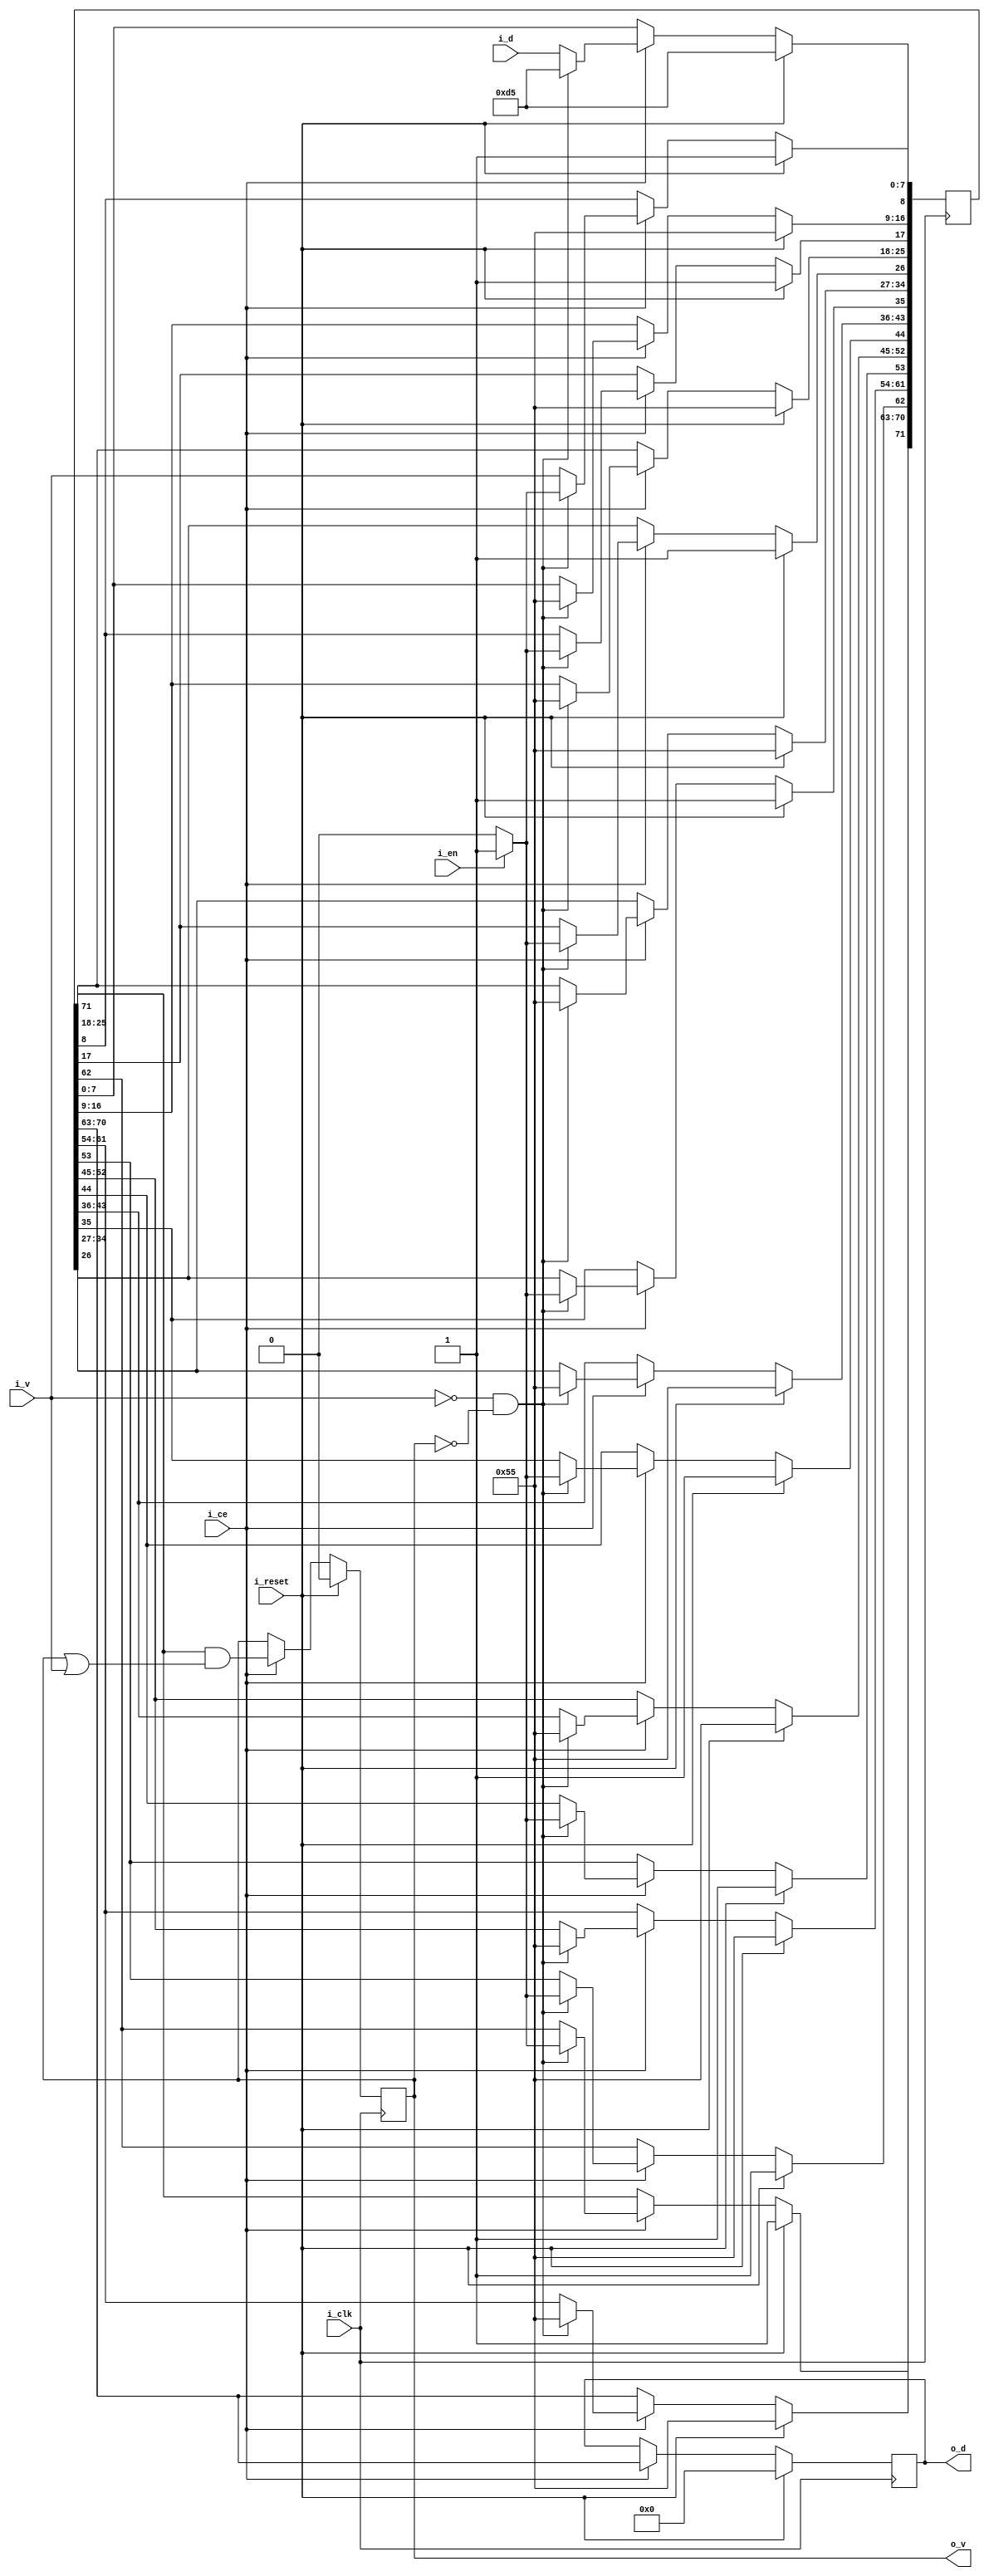
////////////////////////////////////////////////////////////////////////////////
//
//
// Project:	ZipVersa, Versa Brd implementation using ZipCPU infrastructure
//
// Purpose:	To add the ethernet preamble to a stream of values (i.e., to
//		an ethernet packet ...)
//
// Creator:	Dan Gisselquist, Ph.D.
//		Gisselquist Technology, LLC
//
////////////////////////////////////////////////////////////////////////////////
//
// Copyright (C) 2019, Gisselquist Technology, LLC
//
// This program is free software (firmware): you can redistribute it and/or
// modify it under the terms of the GNU General Public License as published
// by the Free Software Foundation, either version 3 of the License, or (at
// your option) any later version.
//
// This program is distributed in the hope that it will be useful, but WITHOUT
// ANY WARRANTY; without even the implied warranty of MERCHANTIBILITY or
// FITNESS FOR A PARTICULAR PURPOSE.  See the GNU General Public License
// for more details.
//
// You should have received a copy of the GNU General Public License along
// with this program.  (It's in the $(ROOT)/doc directory.  Run make with no
// target there if the PDF file isn't present.)  If not, see
// <http://www.gnu.org/licenses/> for a copy.
//
// License:	GPL, v3, as defined and found on www.gnu.org,
//		http://www.gnu.org/licenses/gpl.html
//
//
////////////////////////////////////////////////////////////////////////////////
//
//
`default_nettype	none
//
module addepreamble(i_clk, i_reset, i_ce, i_en, i_v, i_d, o_v, o_d);
	input	wire		i_clk, i_reset, i_ce, i_en;
	input	wire		i_v;	// Valid
	input	wire	[7:0]	i_d;	// Data Byte
	output	reg		o_v;
	output	reg	[7:0]	o_d;

	reg	[8*9-1:0]	shiftreg;

	initial	o_v = 1'b0;
	always @(posedge i_clk)
	if (i_reset)
	begin
		o_v <= 1'b0;
		o_d <= 8'h0;
		shiftreg <= {
			9'h155, 9'h155, 9'h155, 9'h155,
			9'h155, 9'h155, 9'h155, 9'h1d5 };
	end else if (i_ce) begin
		shiftreg <= { shiftreg[62:0], { i_v, i_d }};
		o_v <= shiftreg[71]&&((o_v)||(i_v));
		o_d <= shiftreg[70:63];
		if ((!i_v)&&(!o_v))
		begin
			shiftreg <= {
				9'h155, 9'h155, 9'h155, 9'h155,
				9'h155, 9'h155, 9'h155, 9'h1d5 };
			if (!i_en)
			begin
				shiftreg[1*9-1] <= 1'b0;
				shiftreg[2*9-1] <= 1'b0;
				shiftreg[3*9-1] <= 1'b0;
				shiftreg[4*9-1] <= 1'b0;
				shiftreg[5*9-1] <= 1'b0;
				shiftreg[6*9-1] <= 1'b0;
				shiftreg[7*9-1] <= 1'b0;
				shiftreg[8*9-1] <= 1'b0;
			end
		end
	end

`ifdef	FORMAL
	reg	[9-1:0]		f_v;
	reg	[9*8-1:0]	f_d;
	reg	[3:0]		f_cnt;
	reg			f_past_valid;

	initial	f_past_valid = 1'b0;
	always @(posedge  i_clk)
		f_past_valid <= 1'b1;

	////////////////////////////////////////////////////////////////////////
	//
	// Incoming assumptions
	always @(*)
	if (!f_past_valid)
		assume(i_reset);

	always @(posedge i_clk)
	if ((!f_past_valid)||($past(i_reset)))
		assume(!i_v);

	always @(posedge i_clk)
	if (!$past(i_ce))
		assume(i_ce);

	always @(posedge i_clk)
	if (!$past(i_ce))
	begin
		assume($stable(i_en));
		assume($stable(i_v));
		assume($stable(i_d));
	end
	
	always @(posedge i_clk)
	if ((f_past_valid)&&((i_v)||(o_v))&&(!$past(i_reset)))
		assume($stable(i_en));

	always @(posedge i_clk)
	if ((f_past_valid)&&($past(o_v))&&(!$past(i_v)))
		assume(!i_v);

	always @(posedge i_clk)
	if ((f_past_valid)&&(i_v))
		assume($stable(i_en));

	initial	f_cnt = 0;
	always @(posedge i_clk)
	if (i_reset)
		f_cnt <= 0;
	else if (i_ce)
	begin
		if (!i_v)
			f_cnt <= 0;
		else if (! &f_cnt)
			f_cnt <= f_cnt + 1'b1;
	end

	always @(posedge i_clk)
	if ((f_past_valid)&&($past(i_v))&&(f_cnt < 9))
		assume(i_v);

	////////////////////////////////////////////////////////////////////////
	//
	//

	initial	f_v = 0;
	always @(posedge i_clk)
	if (i_reset)
		f_v <= 0;
	else if (i_ce)
		f_v <= { f_v[9-1:0], i_v };

	always @(posedge i_clk)
	if (i_ce)
		f_d <= { f_d[8*9-1:0], i_d };

	always @(posedge i_clk)
	if ((f_past_valid)
		&&($past(f_past_valid))
		&&(o_v)&&(f_cnt > 8))
	begin
		assert(o_v == f_v[8]);
		assert(o_d == f_d[8*9-1:8*8]);
 		// Was { o_v, o_d } == $past({ i_v, i_d }, 9));
	end

	always @(posedge i_clk)
	if (i_en && i_v && (&f_v[1:0]))
		assert(o_v);

	always @(posedge i_clk)
	if ((f_past_valid)&&(i_v)&&(f_cnt < 9)&&(i_en))
	case (f_cnt)
	4'h1: assert((o_v)&&(o_d == 8'h55));
	4'h2: assert((o_v)&&(o_d == 8'h55));
	4'h3: assert((o_v)&&(o_d == 8'h55));
	4'h4: assert((o_v)&&(o_d == 8'h55));
	4'h5: assert((o_v)&&(o_d == 8'h55));
	4'h6: assert((o_v)&&(o_d == 8'h55));
	4'h7: assert((o_v)&&(o_d == 8'h55));
	4'h8: assert((o_v)&&(o_d == 8'hd5));
	endcase
	else if ((f_past_valid)&&(f_cnt < 4'h9)&&(f_v[0]))
		assert(!o_v);

	always @(posedge i_clk)
	if ((f_past_valid)&&(o_v)&&(f_cnt >= 9))
		assert(o_d == f_d[9*8-1:8*8]);

	////////////////////////////////////////////////////////////////////////
	//
	// Cover properties
	//
	always @(posedge i_clk)
	if ((f_past_valid)&&(!$past(i_reset)))
		cover($fell(o_v));
`endif
endmodule